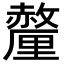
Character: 𬫁